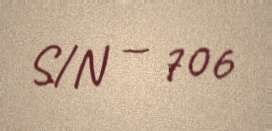
S/N — 706